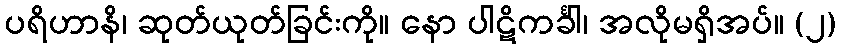
ပရိဟာနိ၊ ဆုတ်ယုတ်ခြင်းကို။ နော ပါဋိကင်္ခါ၊ အလိုမရှိအပ်။ (၂)